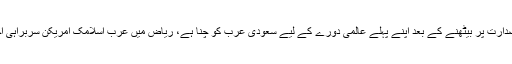
ڈونلڈ ٹرمپ جنھوں نے مسند صدارت پر بیٹھنے کے بعد اپنے پہلے عالمی دورے کے لیے سعودی عرب کو چنا ہے، ریاض میں عرب اسلامک امریکن سربراہی اجلاس میں خطاب کر رہے ہیں۔